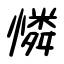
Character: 憐